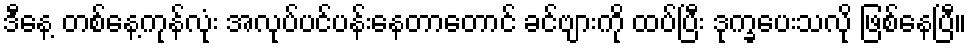
ဒီနေ့ တစ်နေ့ကုန်လုံး အလုပ်ပင်ပန်းနေတာတောင် ခင်ဗျားကို ထပ်ပြီး ဒုက္ခပေးသလို ဖြစ်နေပြီ။